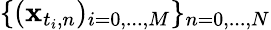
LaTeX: \{ (\mathbf{x}_{t_{i},n})_{i=0,...,M}\} _{n=0,...,N}